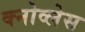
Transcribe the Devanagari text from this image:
क्नोव्लेस